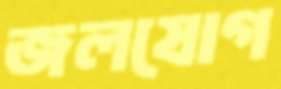
জলযোগ